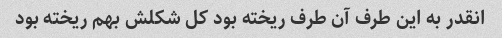
انقدر به این طرف آن طرف ریخته بود کل شکلش بهم ریخته بود